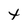
Character: t